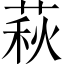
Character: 萩